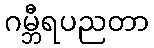
ဂမ္ဘီရပညတာ